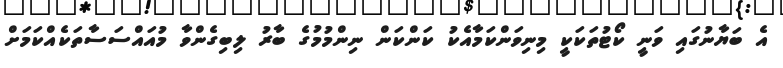
އެ ބަޔާނުގައި ވަނީ ކޯޓުތަކަކީ މިނިވަންކަމާއެކު ކަންކަން ނިންމުމުގެ ބާރު ލިބިގެންވާ މުއައްސަސާތަކެއްކަމަށް